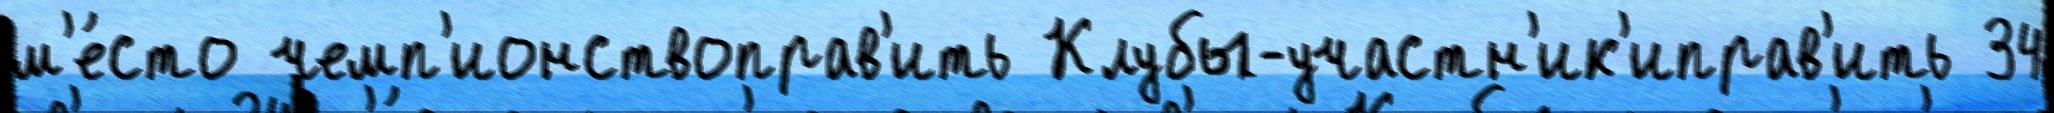
м'е́сто чемп'ионствоправ'ить Клубы-участн'ик'иправ'ить 34